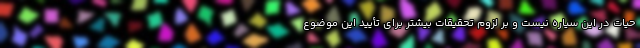
حیات در این سیاره نیست و بر لزوم تحقیقات بیشتر برای تأیید این موضوع